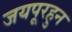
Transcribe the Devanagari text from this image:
जयपूरहुन